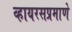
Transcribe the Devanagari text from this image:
व्हायरसप्रमाणे